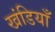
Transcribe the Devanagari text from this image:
खंडियाँ